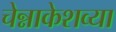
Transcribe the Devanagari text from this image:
चेन्नाकेशव्या